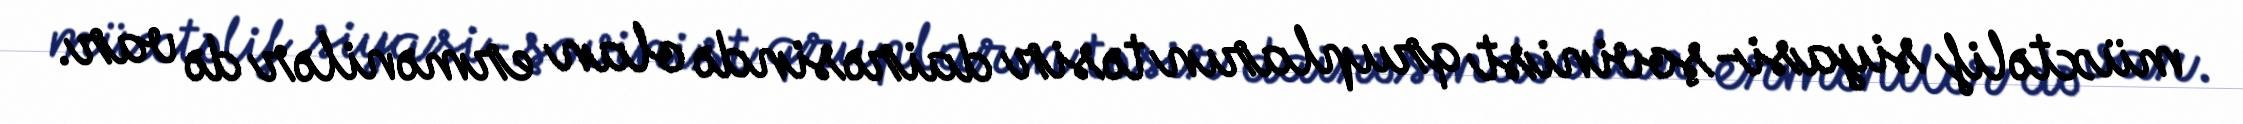
müxtəlif siyasi-şovinist qrupların təsir dairəsində olan ermənilər də var.